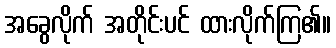
အခွေလိုက် အတိုင်းပင် ထားလိုက်ကြ၏။